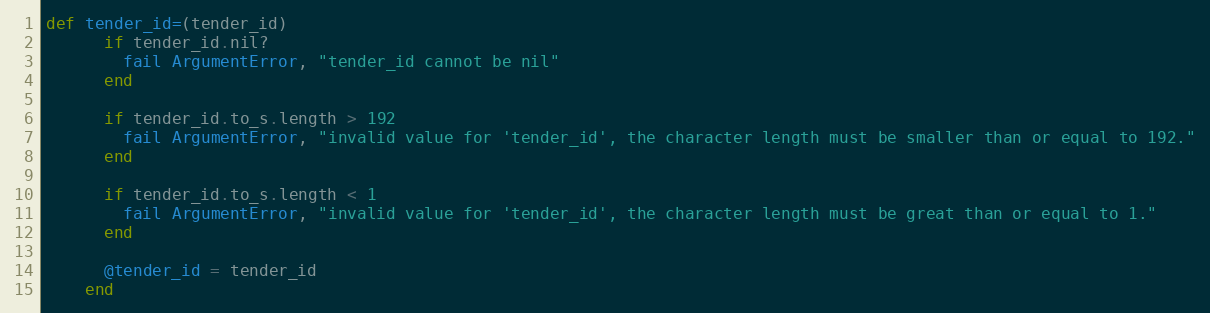
Language: Ruby
def tender_id=(tender_id)
      if tender_id.nil?
        fail ArgumentError, "tender_id cannot be nil"
      end

      if tender_id.to_s.length > 192
        fail ArgumentError, "invalid value for 'tender_id', the character length must be smaller than or equal to 192."
      end

      if tender_id.to_s.length < 1
        fail ArgumentError, "invalid value for 'tender_id', the character length must be great than or equal to 1."
      end

      @tender_id = tender_id
    end